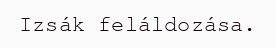
Izsák feláldozása.